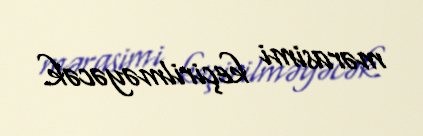
mərasimi keçirilməyəcək.